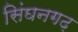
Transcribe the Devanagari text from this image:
सिंघनगढ़